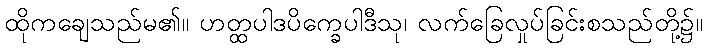
ထိုကချေသည်မ၏။ ဟတ္ထပါဒပိက္ခေပါဒီသု၊ လက်ခြေလှုပ်ခြင်းစသည်တို့၌။